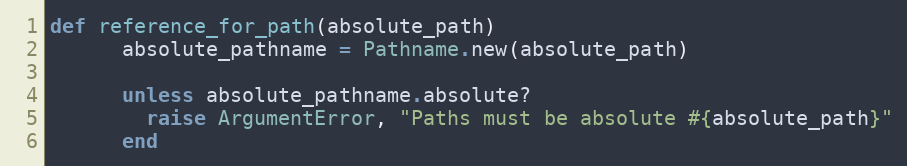
Language: Ruby
def reference_for_path(absolute_path)
      absolute_pathname = Pathname.new(absolute_path)

      unless absolute_pathname.absolute?
        raise ArgumentError, "Paths must be absolute #{absolute_path}"
      end